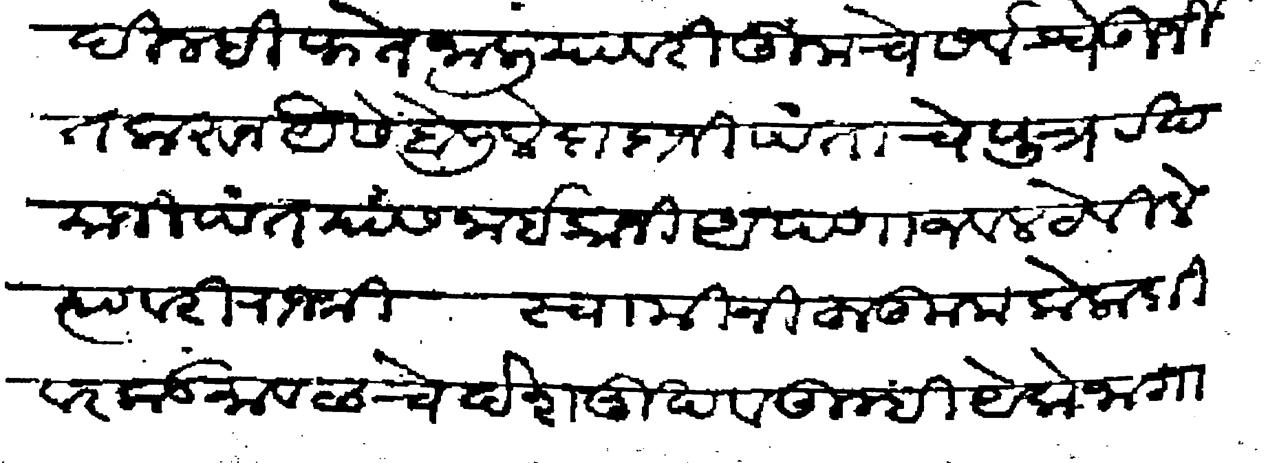
Transliteration (Devanagari): करून यैसे बोलिले दादाजी पंताचे पुत्र रखत करून यैसे बोलिले दादाजी पंताचे पुत्र रखमाजी पंत यांस नाईकानी अपणाजवल ठेविले त्यावरी राजश्री स्वामीनी हुकूम केला की वरकड मावळचे देशमुख व तुम्ही येके जागा